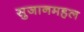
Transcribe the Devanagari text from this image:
सुजानमहल